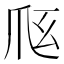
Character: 𰟼